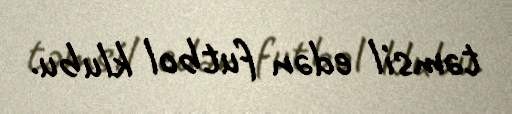
təmsil edən futbol klubu.